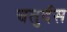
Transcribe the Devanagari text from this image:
चतुर्दस